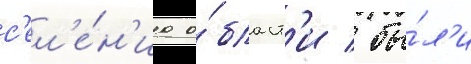
с'ел'е́н'иа о́бласт'и / бы́л'и